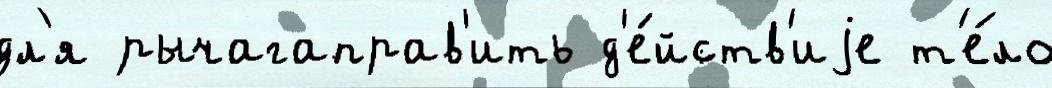
дл'я рычагаправ'ить д'е́йств'иjе т'е́ло